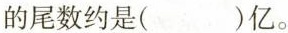
的尾数约是()亿。